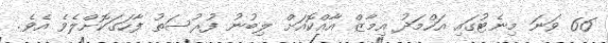
66 ވަނަ މިނެޓުގައި އަހްމަދު އިމާޒް އާއްކޮއަށް ލިބުނު ފުރުސަތު ފާހަގަކޮށްލެވެ އެވެ.